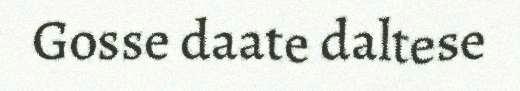
Gosse daate daltese